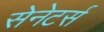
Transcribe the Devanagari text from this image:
सेनेटर्स